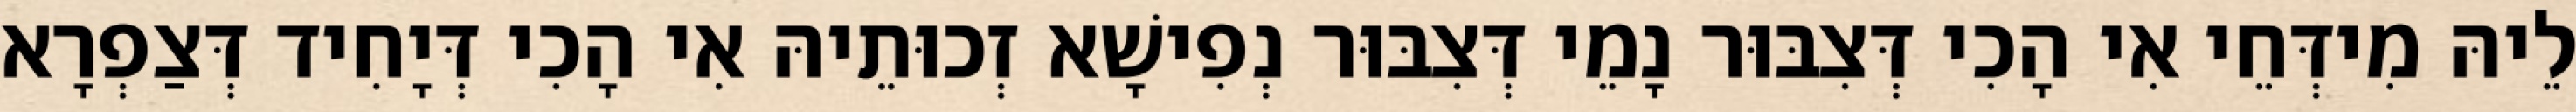
לֵיהּ מִידְּחֵי אִי הָכִי דְּצִבּוּר נָמֵי דְּצִבּוּר נְפִישָׁא זְכוּתֵיהּ אִי הָכִי דְּיָחִיד דְּצַפְרָא